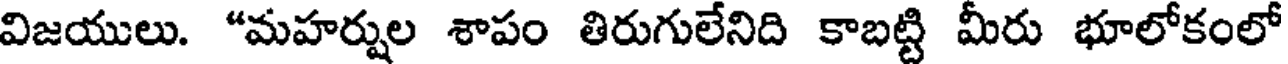
విజయులు. "మహర్షుల శాపం తిరుగులేనిది కాబట్టి మీరు భూలోకంలో